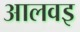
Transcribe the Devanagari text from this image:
आलवइ